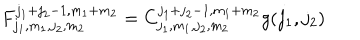
F _ { j _ { 1 } , m _ { 1 } , j _ { 2 } , m _ { 2 } } ^ { j _ { 1 } + j _ { 2 } - 1 , m _ { 1 } + m _ { 2 } } = C _ { j _ { 1 } , m _ { 1 } , j _ { 2 } , m _ { 2 } } ^ { j _ { 1 } + j _ { 2 } - 1 , m _ { 1 } + m _ { 2 } } g ( j _ { 1 } , j _ { 2 } )